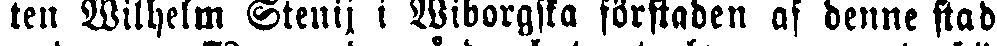
ten Wilhelm Stenij i Wiborgska förstaden af denne stad,